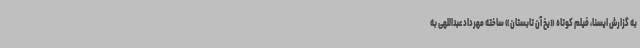
به گزارش ایسنا، فیلم کوتاه «یخ آن تابستان» ساخته مهرداد عبداللهی به